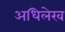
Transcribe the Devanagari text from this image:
अधिलेख